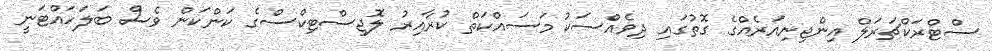
ސްޓްރަކްޗަރަލް އިންޖިނިއަރެއްގެ ގޮތުގައި ދިވެއްސަކު މަސައްކަތް ކުރާއިރު ލޮޖިސްޓިކްސްގެ ކަންކަން ވެސް ބަލަހައްޓަނީ